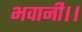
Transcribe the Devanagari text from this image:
भवानी।।